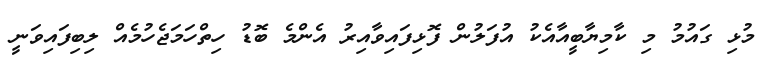
މުޅި ގައުމު މި ކާމިޔާބީއާއެކު އުފަލުން ފޮޅިފައިވާއިރު އެންމެ ބޮޑު ހިތްހަމަޖެހުމެއް ލިބިފައިވަނީ